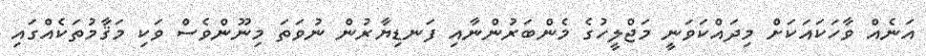
އަނެއް ވާހަކައަކަށް މިދައްކަވަނީ މަޖްލީހުގެ މެންބަރުންނާއި ފަނޑިޔާރުން ނުވަތަ މިނޫންވެސް ވަކި މަޤާމުތަކެއްގައި